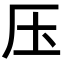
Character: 压